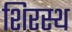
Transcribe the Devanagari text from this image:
शिरस्थ